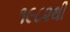
૧૯૮૨થી